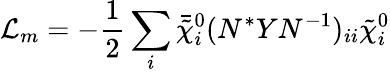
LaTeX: {\cal L}_{m}=-\frac{1}{2}\sum_{i}\bar{\tilde{\chi}}_{i}^{0}(N^{*}YN^{-1})_{ii}\tilde{\chi}_{i}^{0}